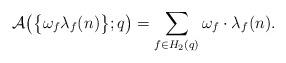
LaTeX: \begin{align*} \mathcal{A}\big( \big\{ \omega_f \lambda_f(n) \big\};q \big) = \sum_{f\in H_2(q)} \omega_f \cdot \lambda_f(n). \end{align*}